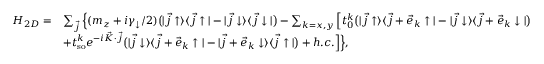
\begin{array} { r l } { H _ { 2 D } = } & { \sum _ { \vec { j } } \Big \{ ( m _ { z } + i \gamma _ { \downarrow } / 2 ) \bigr ( | \vec { j } \uparrow \rangle \langle \vec { j } \uparrow | - | \vec { j } \downarrow \rangle \langle \vec { j } \downarrow | \bigr ) - \sum _ { k = x , y } \Big [ t _ { 0 } ^ { k } \bigr ( | \vec { j } \uparrow \rangle \langle \vec { j } + \vec { e } _ { k } \uparrow | - | \vec { j } \downarrow \rangle \langle \vec { j } + \vec { e } _ { k } \downarrow | \bigr ) } \\ & { + t _ { \mathrm { s o } } ^ { k } e ^ { - i \vec { K } \cdot \vec { j } } \bigr ( | \vec { j } \downarrow \rangle \langle \vec { j } + \vec { e } _ { k } \uparrow | - | \vec { j } + \vec { e } _ { k } \downarrow \rangle \langle \vec { j } \uparrow | \bigr ) + h . c . \Big ] \Big \} , } \end{array}